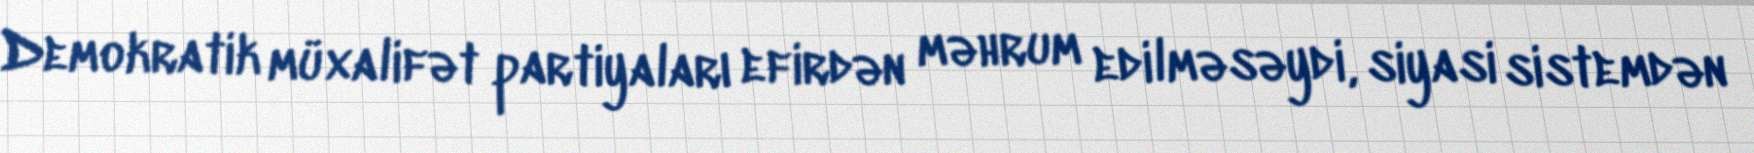
Demokratik müxalifət partiyaları efirdən məhrum edilməsəydi, siyasi sistemdən